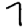
Digit: 7